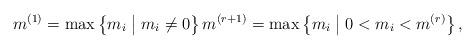
LaTeX: \begin{align*}m^{(1)} = \max \left\{m_i \bigm\vert m_i \neq 0 \right\} m^{(r+1)}=\max \left\{m_i \bigm\vert 0 < m_i < m^{(r)} \right\},\end{align*}